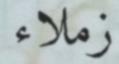
زملاء